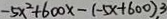
- 5 x ^ { 2 } + 6 0 0 x - ( - 5 x + 6 0 0 ) , 3